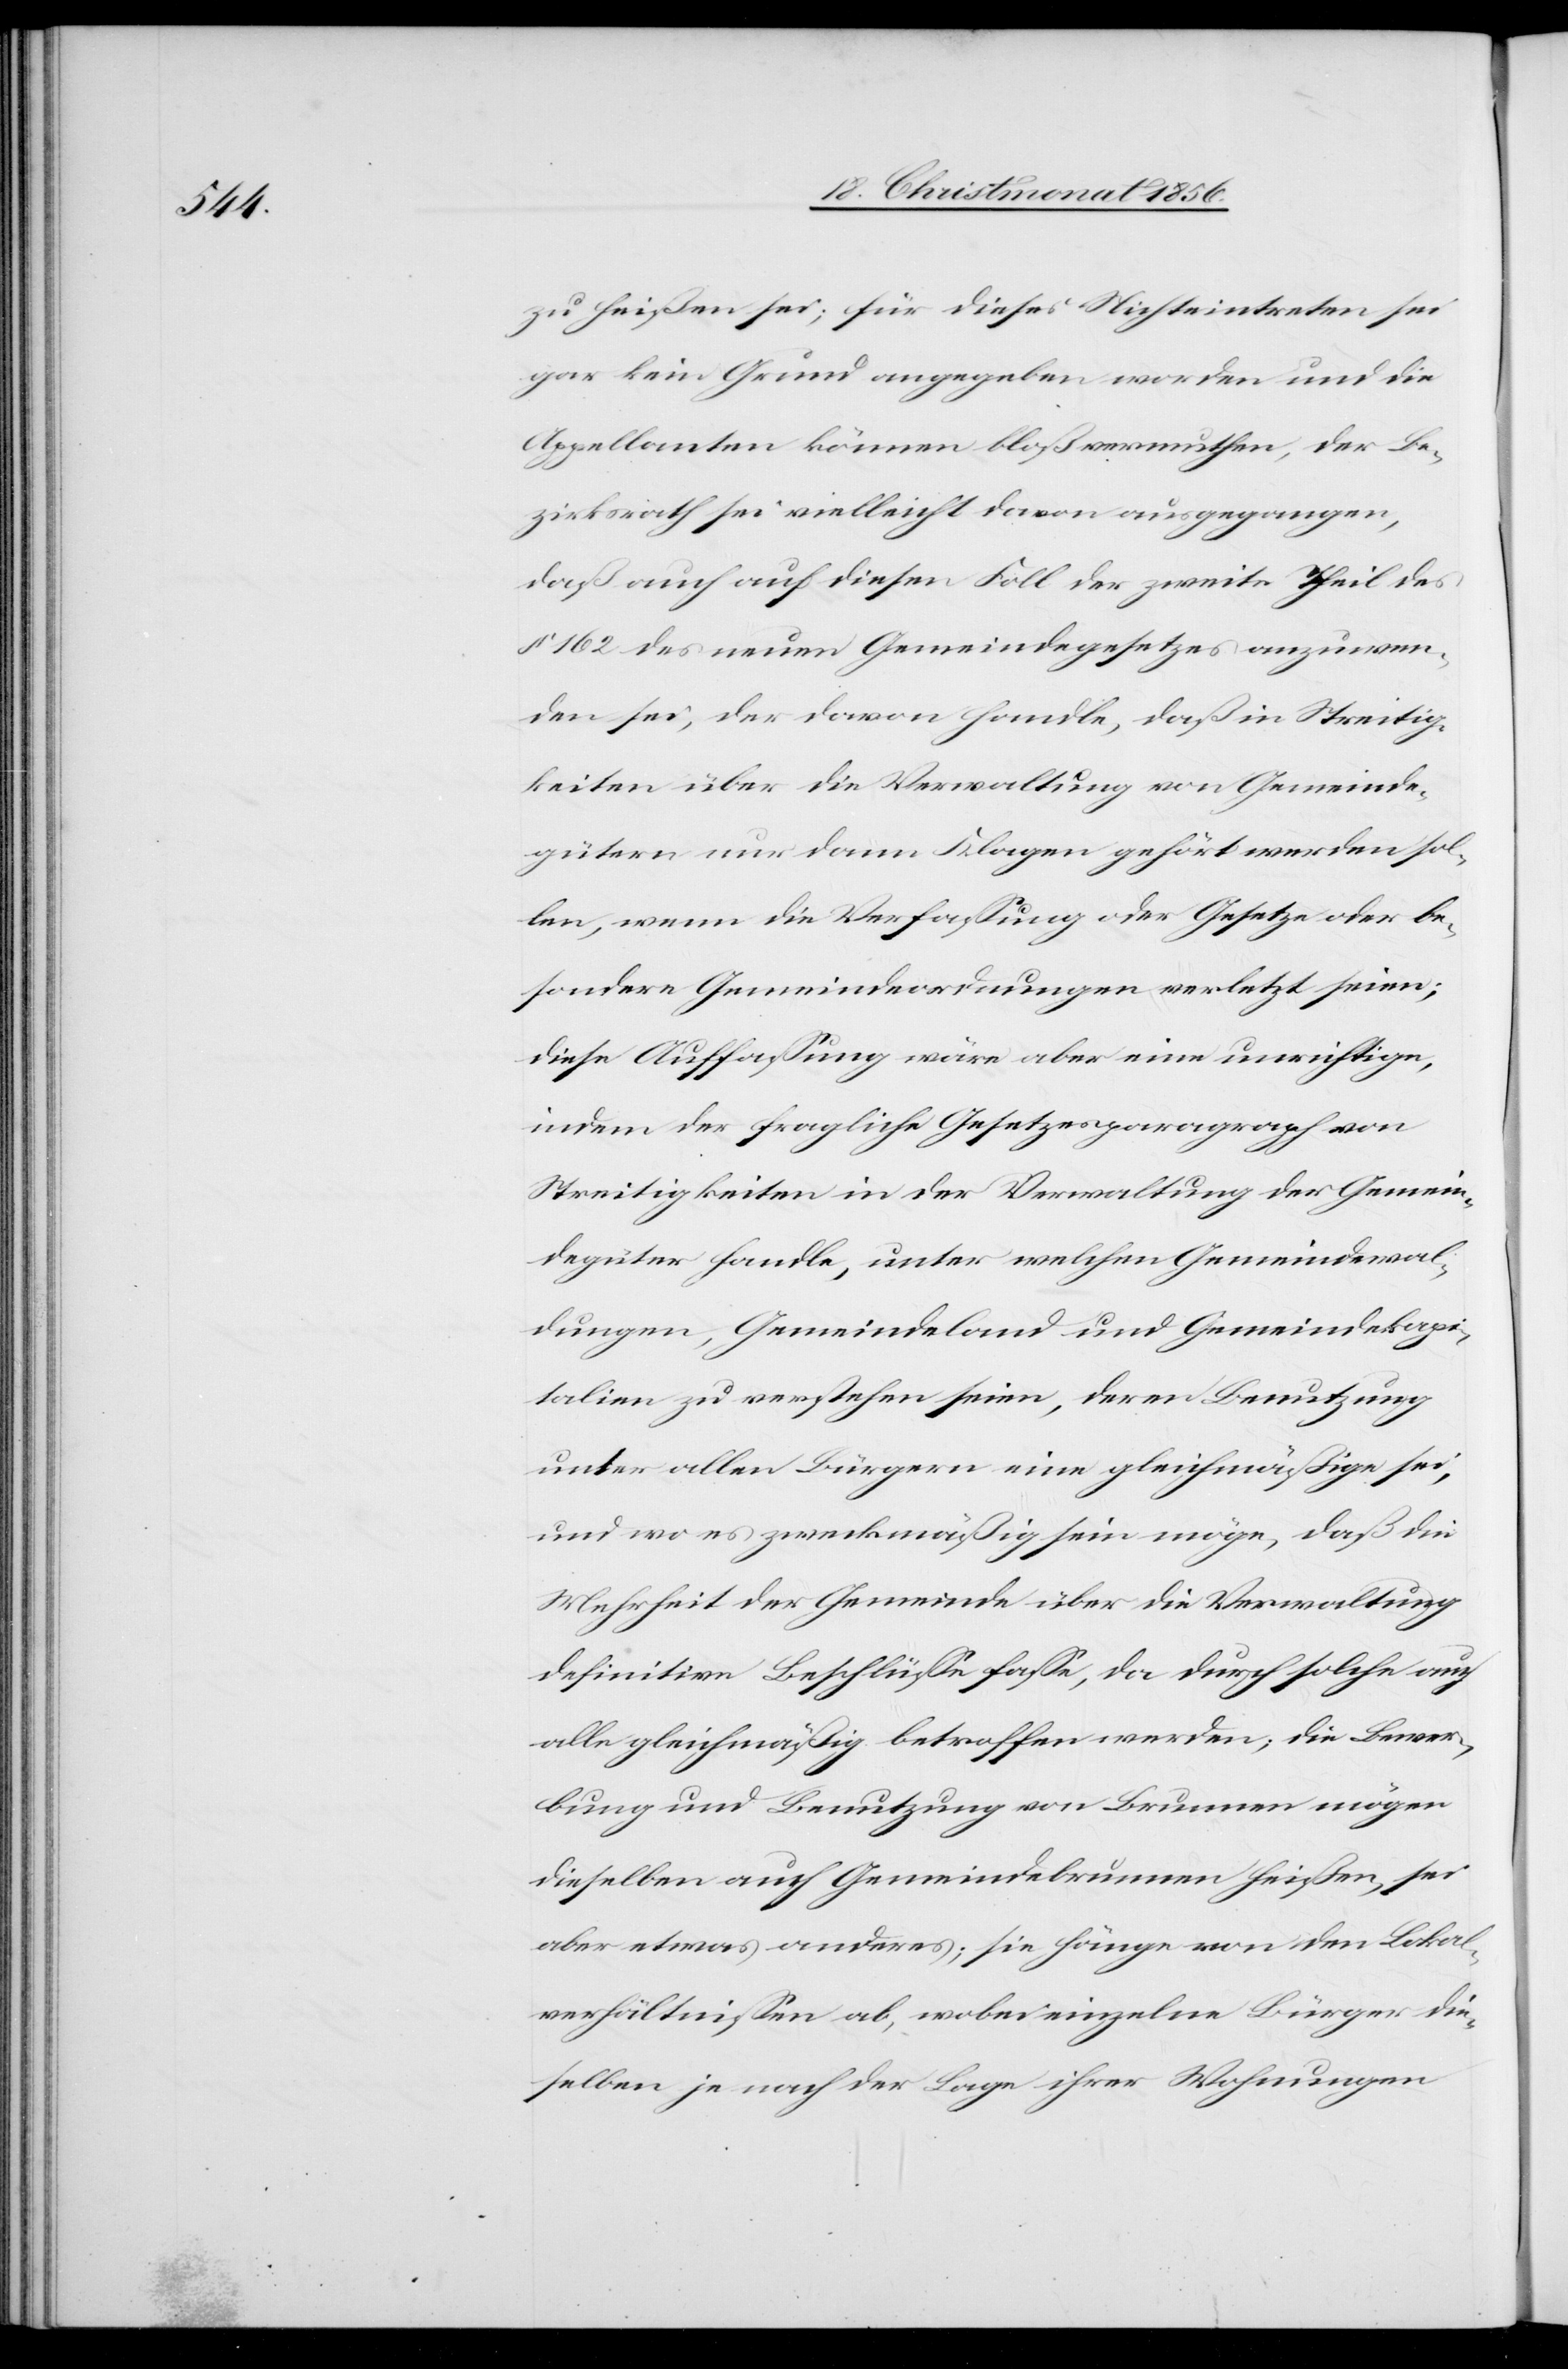
zu heißen sei; für dieses Nichteintreten sei
gar kein Grund angegeben worden und die
Appellanten können bloß vermuthen, der Be¬
zirksrath sei vielleicht davon ausgegangen,
daß auch auf diesen Foll [sic!] der zweite Theil des
§ 162 des neuen Gemeindegesetzes anzuwen¬
den sei, der davon handle, daß in Streitig¬
keiten über die Verwaltung von Gemeinde¬
gütern nur dann Klagen gehört werden sol¬
len, wenn die Verfassung oder Gesetze oder be¬
sondere Gemeindeordnungen verletzt seien;
diese Auffassung wäre aber eine unrichtige,
indem der fragliche Gesetzesparagraph von
Streitigkeiten in der Verwaltung der Gemein¬
degüter handle, unter welchen Gemeindewal¬
dungen, Gemeindeland und Gemeindekapi¬
talien zu verstehen seien, deren Benutzung
unter allen Bürgern eine gleichmäßige sei,
und wo es zweckmäßig sein möge, daß die
Mehrheit der Gemeinde über die Verwaltung
definitive Beschlüsse fasse, da durch solche auch
alle gleichmäßig betroffen werden; die Bewer¬
bung und Benutzung von Brunnen mögen
dieselben auch Gemeindebrunnen heißen, sei
aber etwas anderes; sie hänge von den Lokal¬
verhältnissen ab, wobei einzelne Bürger die¬
selben je nach der Lage ihrer Wohnungen